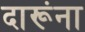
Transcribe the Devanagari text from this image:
दारूंना